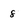
Character: 8